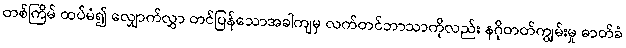
တစ်ကြိမ် ထပ်မံ၍ လျှောက်လွှာ တင်ပြန်သောအခါကျမှ လက်တင်ဘာသာကိုလည်း နဂိုတတ်ကျွမ်းမှု ဓာတ်ခံ